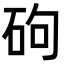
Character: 𪿕